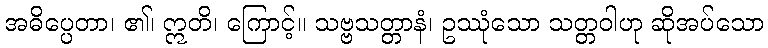
အဓိပ္ပေတာ၊ ၏၊ ဣတိ၊ ကြောင့်။ သဗ္ဗသတ္တာနံ၊ ဥဿုံသော သတ္တဝါဟု ဆိုအပ်သော